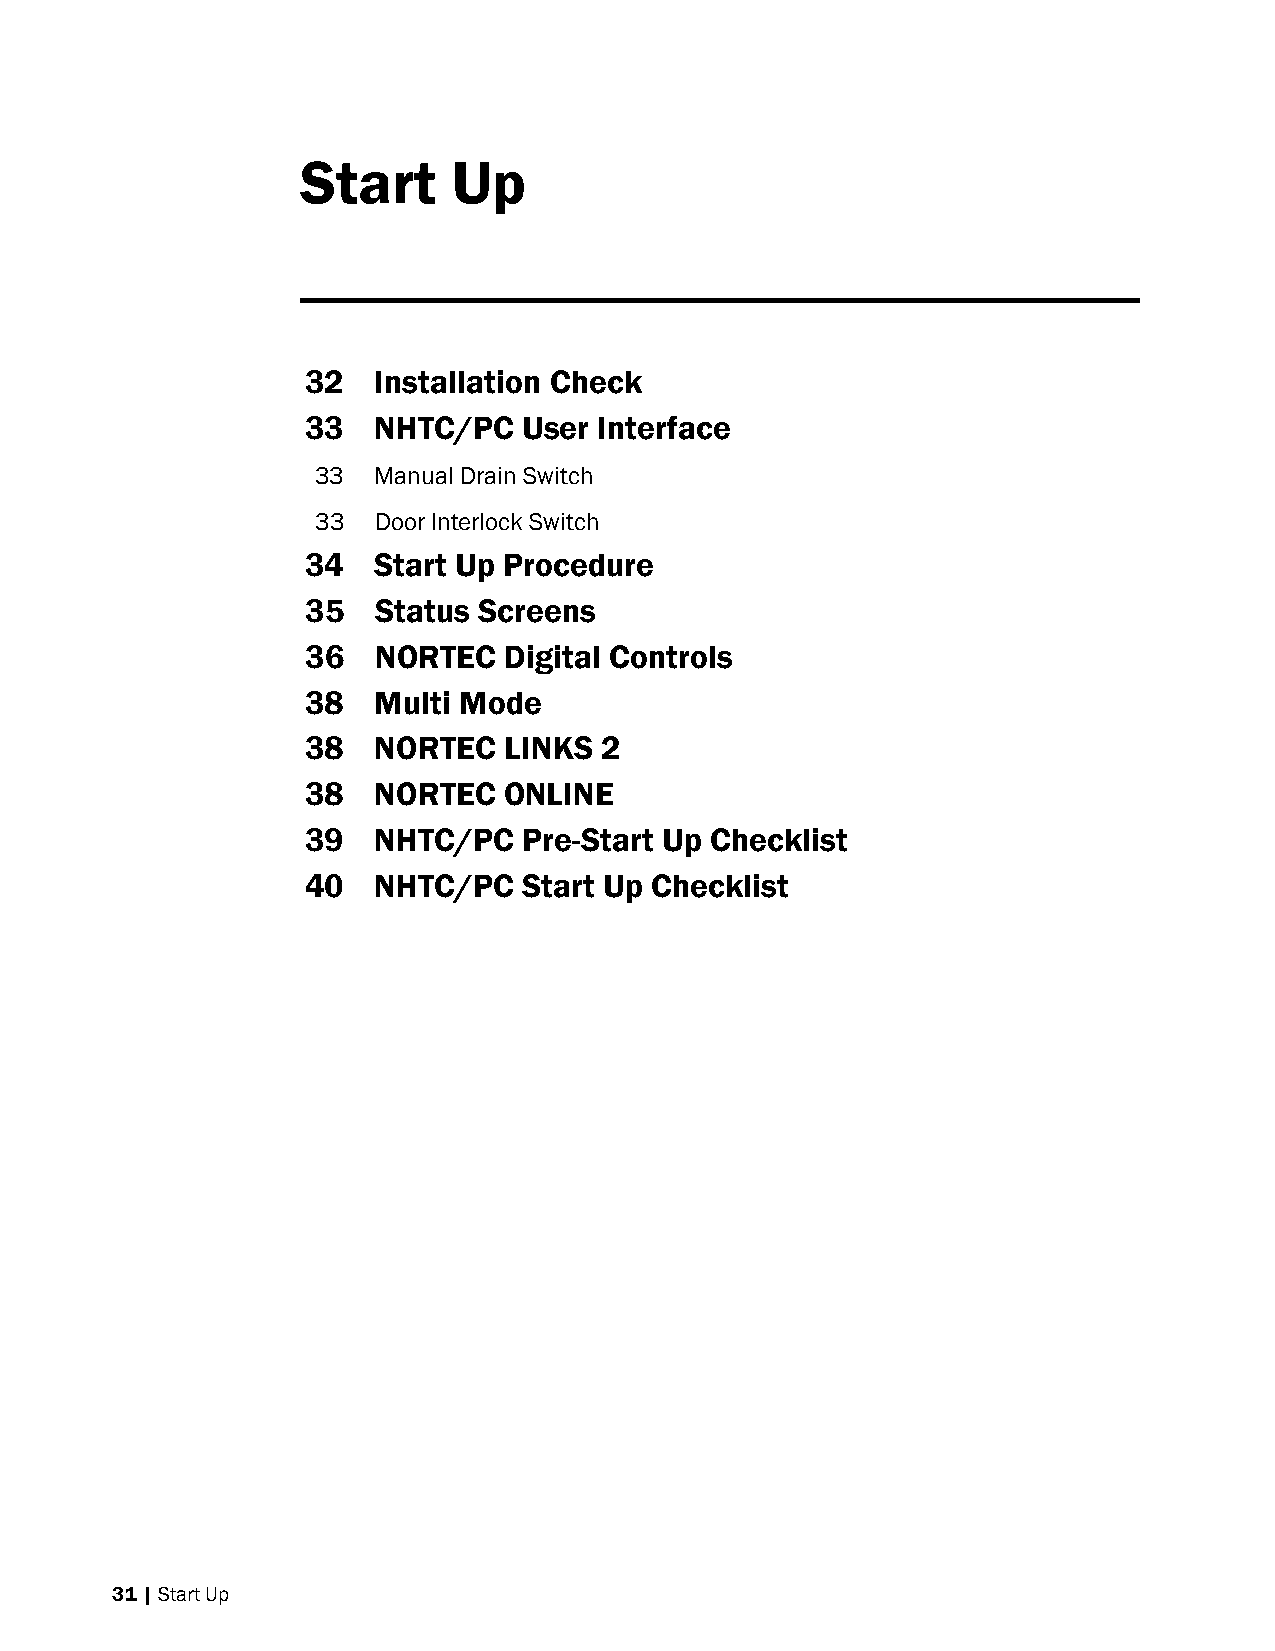
Start     Up
 32   Installation Check
 33   NHTC/PC   User Interface
 33  Manual Drain Switch
 33  Door Interlock Switch
 34   Start Up Procedure
 35   Status Screens
 36   NORTEC  Digital Controls
 38   Multi Mode
 38   NORTEC  LINKS  2
 38   NORTEC  ONLINE
 39   NHTC/PC   Pre-Start Up Checklist
 40   NHTC/PC   Start Up Checklist
 31 | Start Up